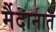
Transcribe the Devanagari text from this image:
र्मैदानात